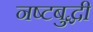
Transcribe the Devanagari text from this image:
नष्टबुद्धी